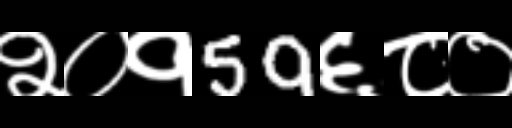
Text: २०१59६८०